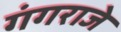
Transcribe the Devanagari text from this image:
गंगराजे